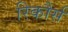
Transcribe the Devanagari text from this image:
रिकौर्स